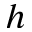
h